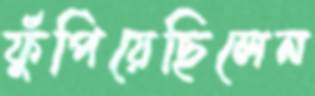
ফুঁপিয়েছিলেন